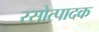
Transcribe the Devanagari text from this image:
रसोत्पादक